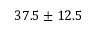
3 7 . 5 \pm 1 2 . 5